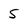
Character: 5